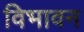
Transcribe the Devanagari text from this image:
विभावन